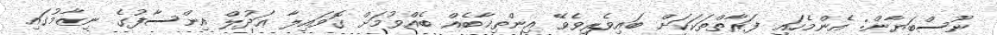
ނޫސްބަޔާން: އެންމެހައި ފަރާތްތަކަކަށް ބައިވެރިވެވޭ އިންތިޚާބެއް ބެއްވުމަށް ގޮވައިލާ ޢަދުލް އިންސާފުގެ ނިޒާމުގައި